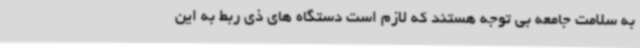
به سلامت جامعه بی توجه هستند که لازم است دستگاه های ذی ربط به این